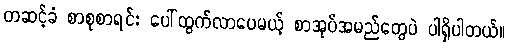
တဆင့်ခံ စာစုစာရင်း ပေါ်ထွက်လာပေမယ့် စာအုပ်အမည်တွေပဲ ပါရှိပါတယ်။